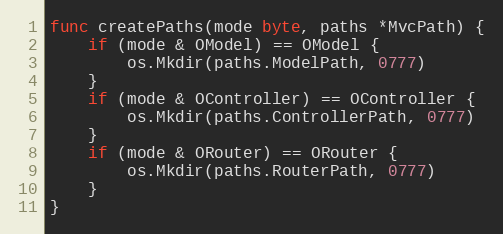
Language: Go
func createPaths(mode byte, paths *MvcPath) {
	if (mode & OModel) == OModel {
		os.Mkdir(paths.ModelPath, 0777)
	}
	if (mode & OController) == OController {
		os.Mkdir(paths.ControllerPath, 0777)
	}
	if (mode & ORouter) == ORouter {
		os.Mkdir(paths.RouterPath, 0777)
	}
}